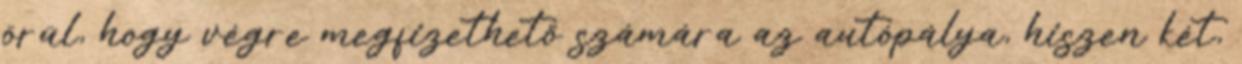
örül, hogy végre megfizethető számára az autópálya, hiszen két,